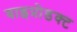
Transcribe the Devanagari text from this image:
बाइप्रोडक्ट